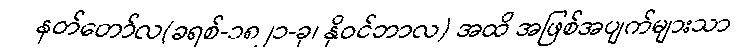
နတ်တော်လ(ခရစ်-၁၈၂၁-ခု၊ နိုဝင်ဘာလ) အထိ အဖြစ်အပျက်များသာ